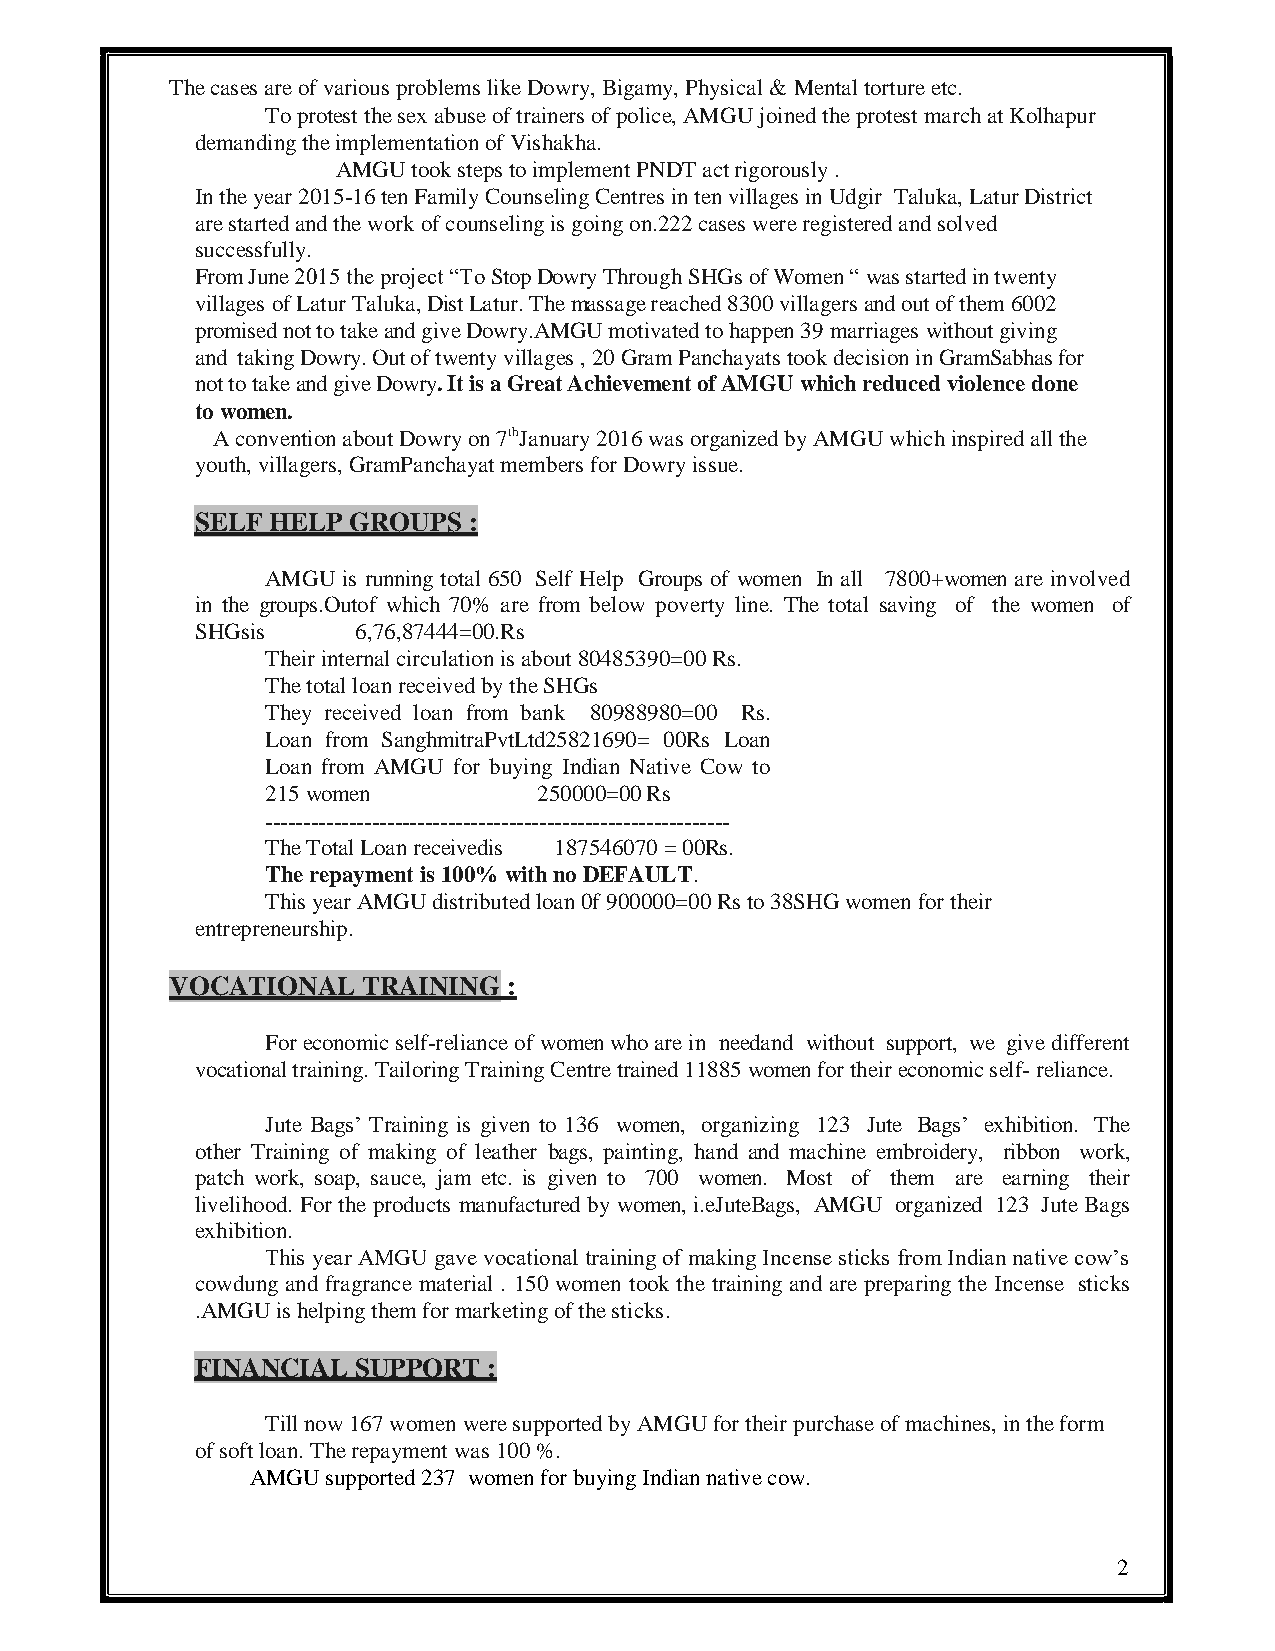
The cases are of various problems like Dowry, Bigamy, Physical & Mental torture etc.
 To protest the sex abuse of trainers of police, AMGU joined the protest march at Kolhapur
 demanding the implementation of Vishakha.
 AMGU took steps to implement PNDT act rigorously .
 In the year 2015-16 ten Family Counseling Centres in ten villages in Udgir Taluka, Latur District
 are started and the work of counseling is going on.222 cases were registered and solved
 successfully.
 From June 2015 the project “To Stop Dowry Through SHGs of Women “ was started in twenty
 villages of Latur Taluka, Dist Latur. The massage reached 8300 villagers and out of them 6002
 promised not to take and give Dowry.AMGU motivated to happen 39 marriages without giving
 and taking Dowry. Out of twenty villages , 20 Gram Panchayats took decision in GramSabhas for
 not to take and give Dowry. It is a Great Achievement of AMGU which reduced violence done
 to women.
 A convention about Dowry on 7thJanuary 2016 was organized by AMGU which inspired all the
 youth, villagers, GramPanchayat members for Dowry issue.
 SELF HELP GROUPS  :
 AMGU is running total 650 Self Help Groups of women In all 7800+women are involved
 in the groups.Outof which 70% are from below poverty line. The total saving of the women of
 SHGsis     6,76,87444=00.Rs
 Their internal circulation is about 80485390=00 Rs.
 The total loan received by the SHGs
 They received loan from bank 80988980=00 Rs.
 Loan from SanghmitraPvtLtd25821690= 00Rs Loan
 Loan from AMGU for buying Indian Native Cow to
 215 women         250000=00 Rs
 -------------------------------------------------------------
 The Total Loan receivedis 187546070 = 00Rs.
 The repayment is 100% with no DEFAULT.
 This year AMGU distributed loan 0f 900000=00 Rs to 38SHG women for their
 entrepreneurship.
 VOCATIONAL   TRAINING  :
 For economic self-reliance of women who are in needand without support, we give different
 vocational training. Tailoring Training Centre trained 11885 women for their economic self- reliance.
 Jute Bags’ Training is given to 136 women, organizing 123 Jute Bags’ exhibition. The
 other Training of making of leather bags, painting, hand and machine embroidery, ribbon work,
 patch work, soap, sauce, jam etc. is given to 700 women. Most of them are earning their
 livelihood. For the products manufactured by women, i.eJuteBags, AMGU organized 123 Jute Bags
 exhibition.
 This year AMGU gave vocational training of making Incense sticks from Indian native cow’s
 cowdung and fragrance material . 150 women took the training and are preparing the Incense sticks
 .AMGU is helping them for marketing of the sticks.
 FINANCIAL SUPPORT  :
 Till now 167 women were supported by AMGU for their purchase of machines, in the form
 of soft loan. The repayment was 100 %.
 AMGU supported 237 women for buying Indian native cow.
 2